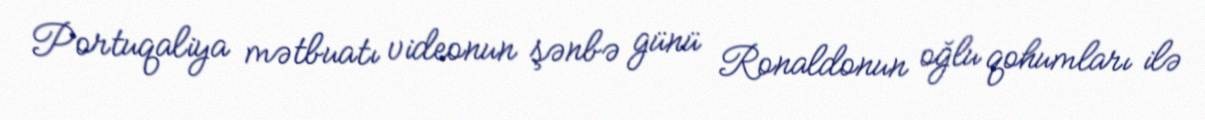
Portuqaliya mətbuatı videonun şənbə günü Ronaldonun oğlu qohumları ilə